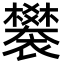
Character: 䙪